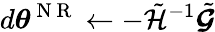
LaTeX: d{\boldsymbol{\theta}}^{\mathrm{~N~R~}}\gets-\tilde{\mathcal{H}}^{-1}\tilde{\boldsymbol{\mathcal{G}}}